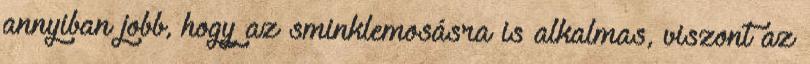
annyiban jobb, hogy az sminklemosásra is alkalmas, viszont az